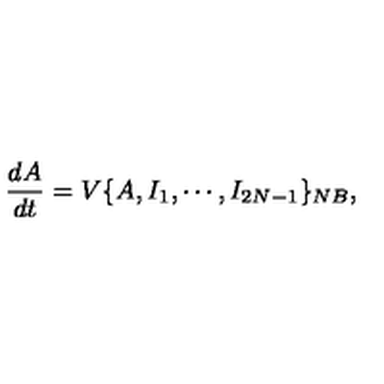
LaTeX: \frac { d A } { d t } = V \{ A , I _ { 1 } , \cdots , I _ { 2 N - 1 } \} _ { { \footnotesize N B } } ,